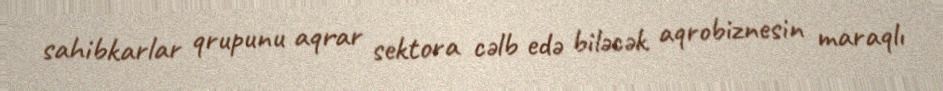
sahibkarlar qrupunu aqrar sektora cəlb edə biləcək aqrobiznesin maraqlı